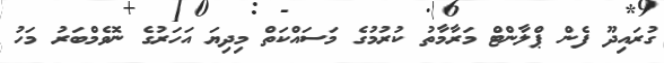
ގުރައިދޫ ފެން ޕްލާންޓް މަރާމާތު ކުރުމުގެ މަސައްކަތް މިދިޔަ އަހަރުގެ ނޮވެމްބަރު މަހު